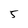
Character: 5